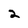
Character: 2